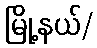
မြို့နယ်/